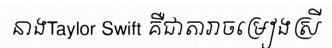
នាងTaylor Swift គឺជាតារាចម្រៀងស្រី